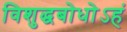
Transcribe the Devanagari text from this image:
विशुद्धबोधोऽहं